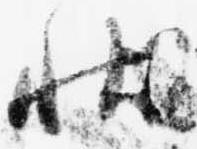
状